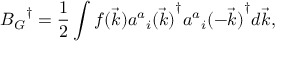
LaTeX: { { B _ { G } } ^ { \dagger } } = { \frac { 1 } { 2 } } \int { f ( \vec { k } ) { { { a ^ { a } } _ { i } ( \vec { k } ) } ^ { \dagger } } { { { a ^ { a } } _ { i } ( - \vec { k } ) } ^ { \dagger } } d \vec { k } } ,